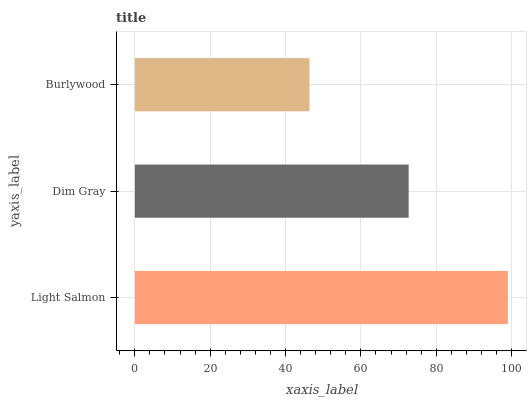
| yaxis_label | bars |
 | --- | --- |
 | Light Salmon | 99 |
 | Dim Gray | 72.7 |
 | Burlywood | 46.4 |